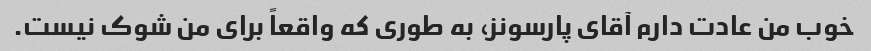
خوب من عادت دارم آقای پارسونز، به طوری که واقعاً برای من شوک نیست.